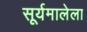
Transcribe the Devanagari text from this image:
सूर्यमालेला